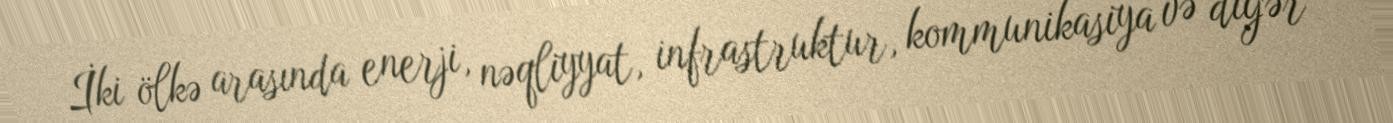
İki ölkə arasında enerji, nəqliyyat, infrastruktur, kommunikasiya və digər